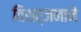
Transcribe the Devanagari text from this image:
विसर्जनाने